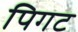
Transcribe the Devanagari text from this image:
पिगट